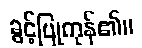
ခွင့်ပြုကုန်၏။